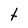
Character: t